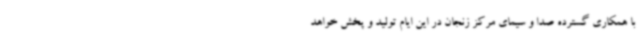
با همکاری گسترده صدا و سیمای مرکز زنجان در این ایام تولید و پخش خواهد